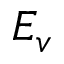
E _ { v }